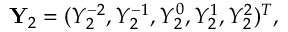
\mathbf { Y } _ { 2 } = ( Y _ { 2 } ^ { - 2 } , Y _ { 2 } ^ { - 1 } , Y _ { 2 } ^ { 0 } , Y _ { 2 } ^ { 1 } , Y _ { 2 } ^ { 2 } ) ^ { T } ,